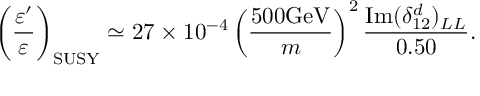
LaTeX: \left( \frac { \varepsilon ^ { \prime } } { \varepsilon } \right) _ { \mathrm { S U S Y } } \simeq 2 7 \times 1 0 ^ { - 4 } \left( \frac { 5 0 0 \mathrm { G e V } } { m } \right) ^ { 2 } \frac { \mathrm { I m } ( \delta _ { 1 2 } ^ { d } ) _ { L L } } { 0 . 5 0 } .